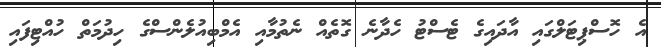
އެ ހޮސްޕިޓަލްގައި އާދައިގެ ޓެސްޓު ހެދާނެ ގޮތެއް ނެތުމާއި އެމްބިއުލެންސްގެ ހިދުމަތް ހުއްޓިފައި